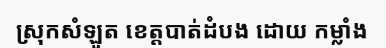
ស្រុកសំឡូត ខេត្តបាត់ដំបង ដោយ កម្លាំង